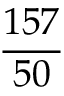
\frac { 1 5 7 } { 5 0 }